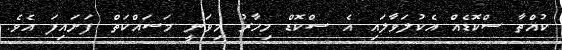
ކުއްތާ ސްކޮޑެއް އެކުލަވާލައި އެ ސްކޮޑް މިހާރު މިވަނީ މަސައްކަތް ފަށައިފަ އެވެ.